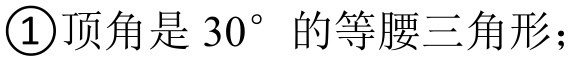
\textcircled{1}顶角是\(30^{\circ}\)的等腰三角形；